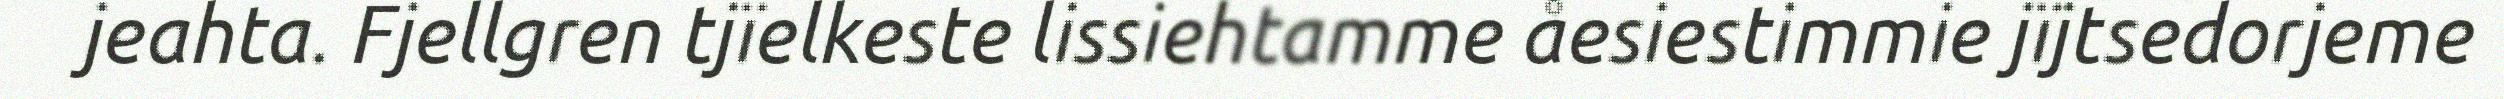
jeahta. Fjellgren tjïelkeste lissiehtamme åesiestimmie jïjtsedorjeme